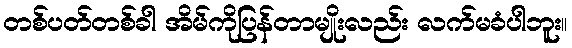
တစ်ပတ်တစ်ခါ အိမ်ကိုပြန်တာမျိုးလည်း လက်မခံပါဘူး။